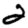
Digit: 2